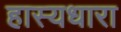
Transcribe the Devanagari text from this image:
हास्यधारा